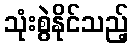
သုံးစွဲနိုင်သည့်